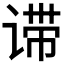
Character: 𬤈